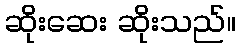
ဆိုးဆေး ဆိုးသည်။